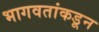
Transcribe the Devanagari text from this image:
भागवतांकडून